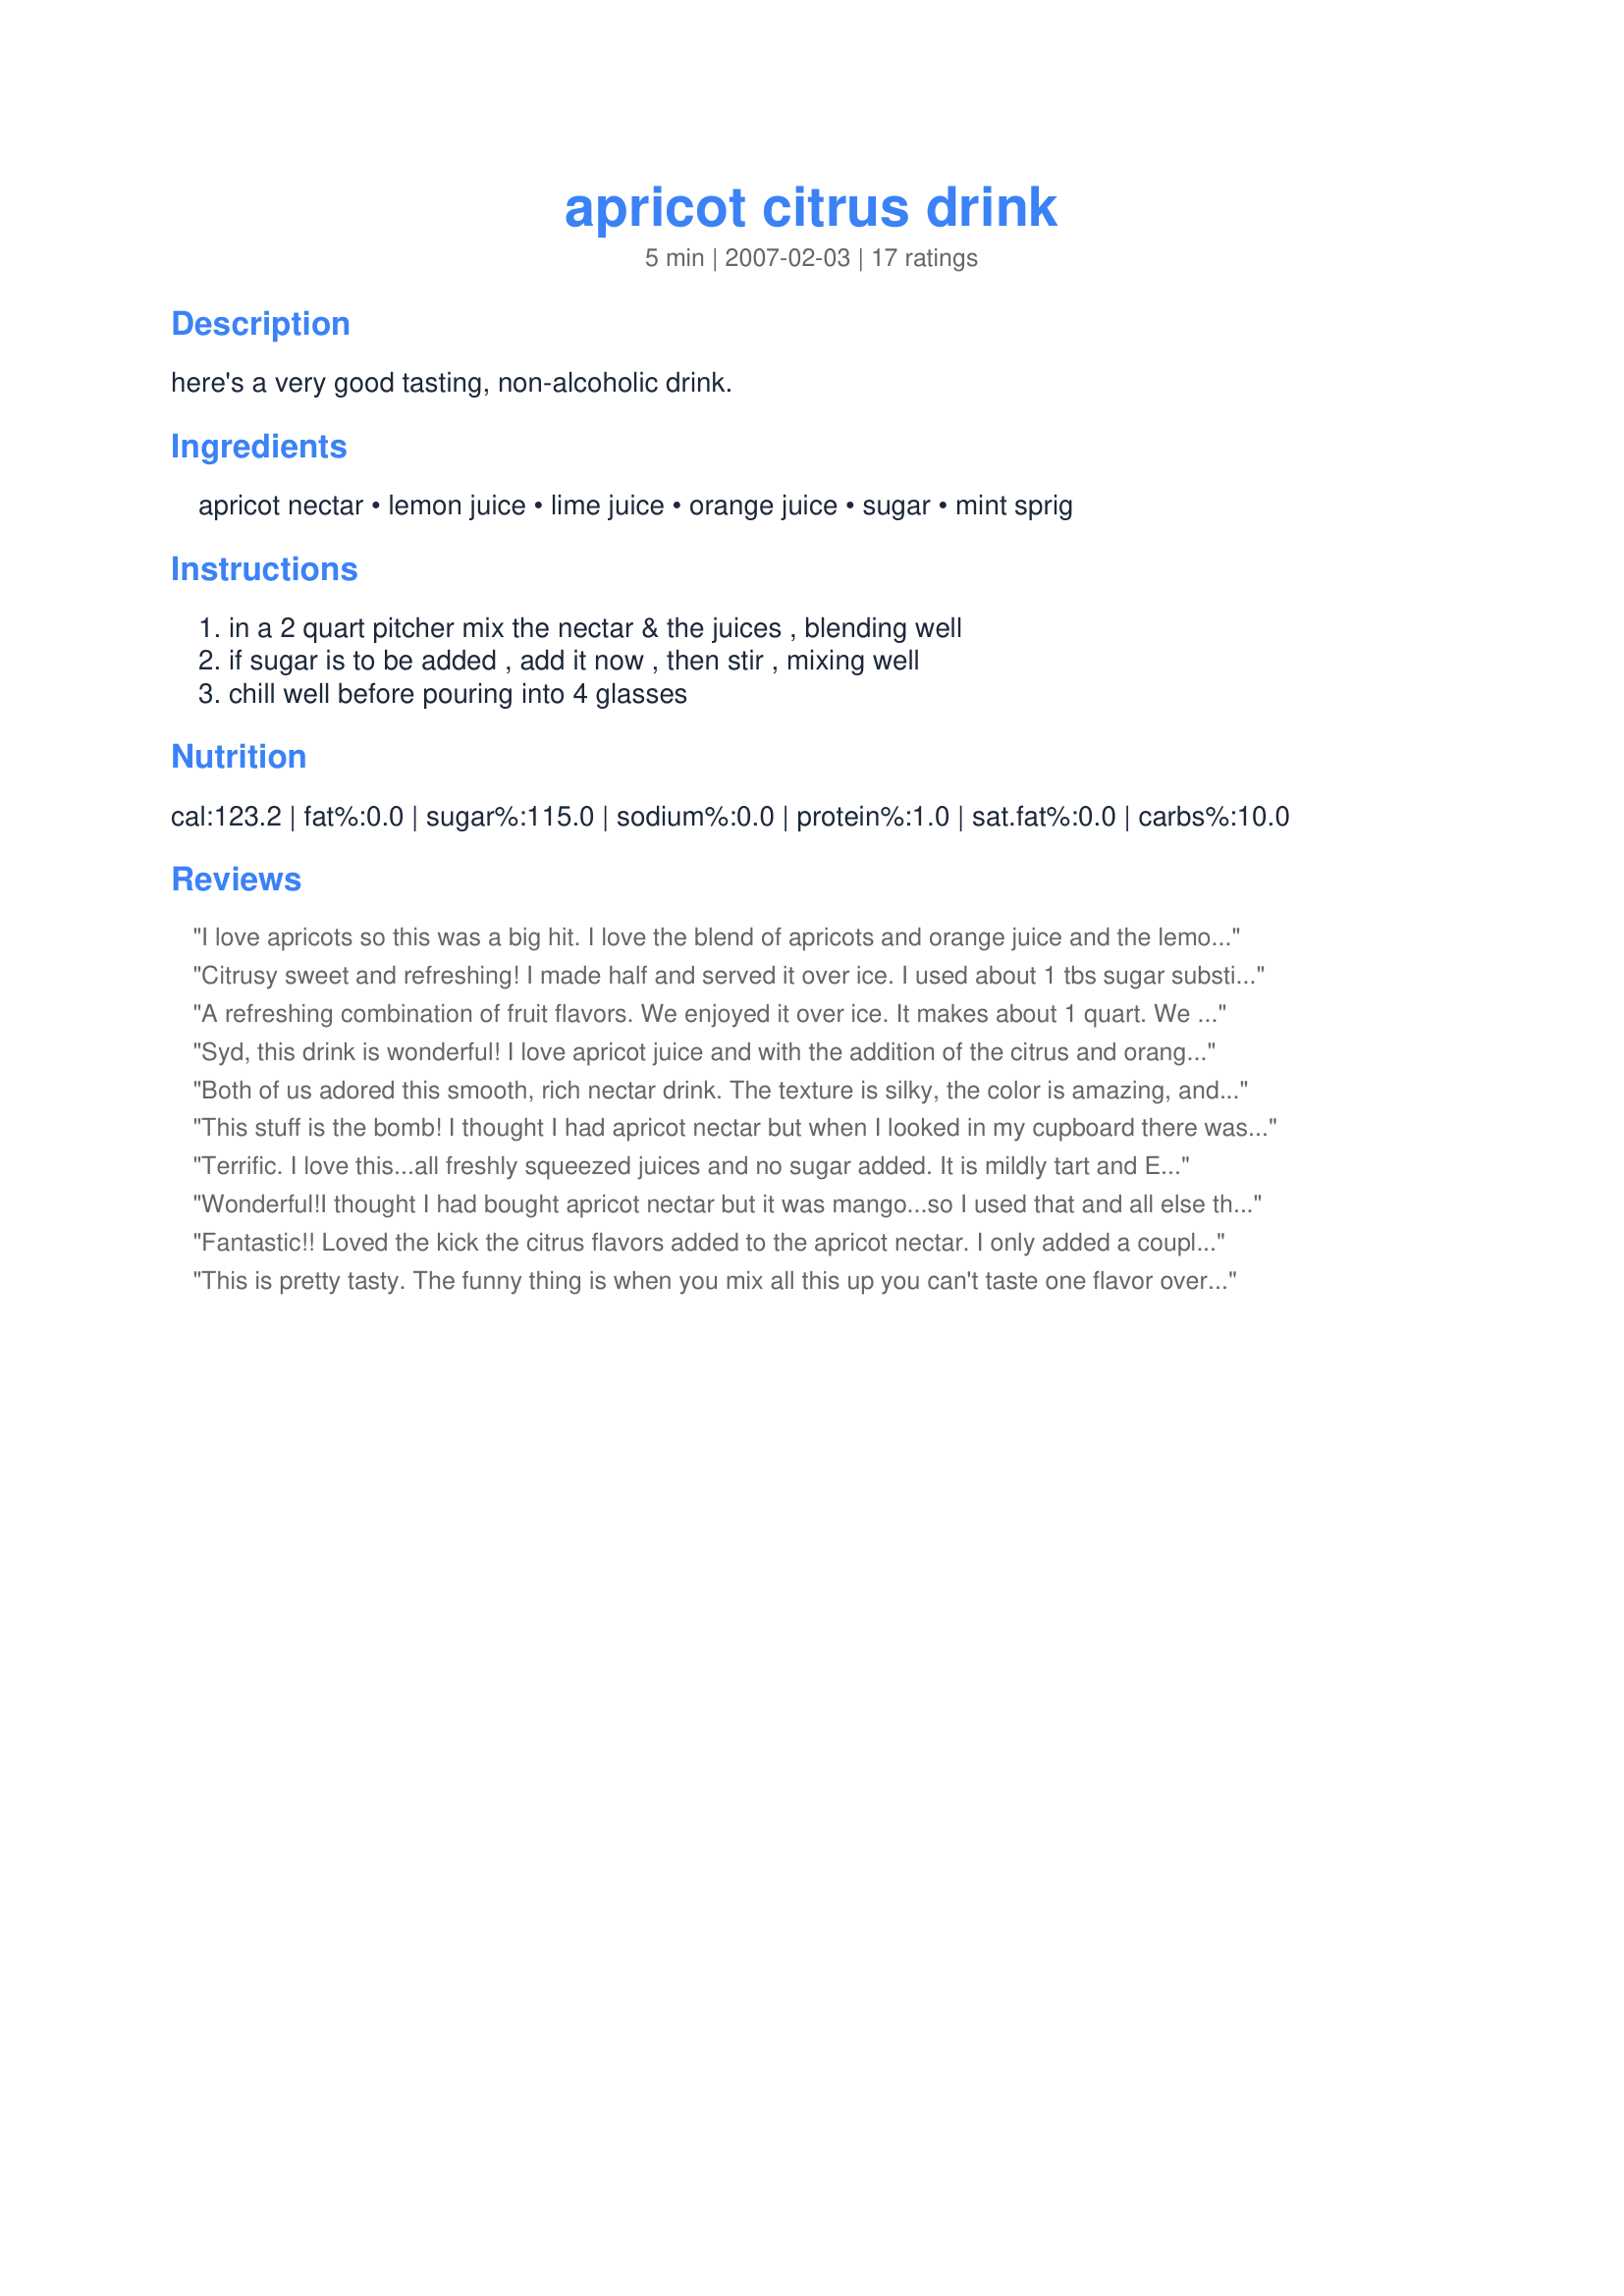
apricot citrus drink
Preparation time: 5 minutes

here's a very good tasting, non-alcoholic drink.

Ingredients:
apricot nectar, lemon juice, lime juice, orange juice, sugar, mint sprig

Steps:
in a 2 quart pitcher mix the nectar & the juices , blending well, if sugar is to be added , add it now , then stir , mixing well, chill well before pouring into 4 glasses

Reviews:
I love apricots so this was a big hit. I love the blend of apricots and orange juice and the lemon and lime juice gives it a very fresh taste. I added 1/8 cup of sugar and it was just the right sweetness for me. Thanks Syd for another great recipe.
Citrusy sweet and refreshing! I made half and served it over ice. I used about 1 tbs sugar substitute and skipped the lemon juice because I didn't have any. Thank you for posting! Made for Bevy Tag.
A refreshing combination of fruit flavors. We enjoyed it over ice. It makes about 1 quart. We stopped at 1/8 cup sugar and that was perfect for us. Selected for Zaar Tag!
Syd, this drink is wonderful! I love apricot juice and with the addition of the citrus and orange juice, the flavors all melded together wonderfully. The drink was very refreshing and tasty. My husband loved it too! I wouldn't change a thing--wonderful as is. Thanks so much!
Both of us adored this smooth, rich nectar drink. The texture is silky, the color is amazing, and there are three distinct flavors, to the nose, to the palate, and aftertaste, all different, all surprising, and all delightful. Made for Zaar Stars Feb. 2008.
This stuff is the bomb! I thought I had apricot nectar but when I looked in my cupboard there was only guava and mango so I used those. The citrus with the nectar made this a tropical delight. I also used the full amount of sugar. This would be wonderful served at a brunch! Thanks Syd, for a recipe I'll repeat often.
Terrific. I love this...all freshly squeezed juices and no sugar added. It is mildly tart and ENTIRELY refreshing!! Thanks Sydney Mike! This will be especially wonderful to have for guests in the summer! And for me all the time. :-)
Wonderful!I thought I had bought apricot nectar but it was mango...so I used that and all else the same. I tried it without the sugar and then with...I liked it better with it. Thanks for this yummy refreshing recipe.
Fantastic!! Loved the kick the citrus flavors added to the apricot nectar. I only added a couple of tablespoons of sugar! Thanks Sydny Mike!
This is pretty tasty. The funny thing is when you mix all this up you can't taste one flavor over another. Somehow it all works and tastes good.
Not bad at all! I couldn't find peach juice or nectar in any of the shops near me so I made up some apricot squash to the right strength instead. I can imagine that this would be a 5-star review otherwise. I must confess that I added vodka to make it into a Friday night pre-going out cocktail.
Delicious, refreshing and pretty drink. I added a little more than 1/8 cup Splenda and served in champagne glasses to a bunch of 13 y/o olds. They loved it! Saved to my beverage folder. Thanks for posting.
Yum! Easy to make and lovely to taste! I did use peach nectar as that is what I could find. It didn't need any sugar. Thank you Mike!
Wow, this is wonderful Syd. I loved the combination of the three citrus juices added to the apricot nectar. What a lovely taste treat. It pops, the tart citrus & apricot juices blend beautifully while the sugar gives it a lovely tang. Thank you so much for sharing, a new favourite, into my keeper box this goes.
This is a great blend of flavours, I used slightly more lemon juice than stated to compensate for the lime juice I didn't have & no sugar as it was sweet enough for me. I will be making this again, next time I'll make sure I have lime juice! Thanks Sydney Mike!
I made for 1. I skipped the sugar and glad I did.Used frsh orange,lime, and lemon juice. I bet some rum in this would be great! ;)
Very refreshing on a hot day! Made for Went to the Market tag.
